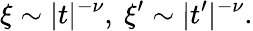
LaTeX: \xi\sim|t|^{-\nu},\ \xi^{\prime}\sim|t^{\prime}|^{-\nu}.